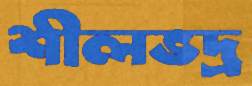
শীলভদ্র